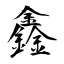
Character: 鑫